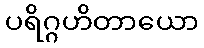
ပရိဂ္ဂဟိတာယော